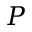
P